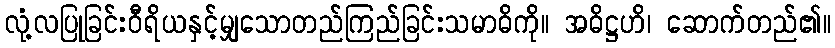
လုံ့လပြုခြင်းဝီရိယနှင့်မျှသောတည်ကြည်ခြင်းသမာဓိကို။ အဓိဋ္ဌဟိ၊ ဆောက်တည်၏။